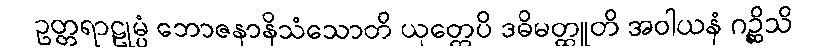
ဥတ္တရာဠုမ္ပံ ဘောဇနာနိသံသောတိ ယုတ္တေပိ ဒဓိမတ္ထူတိ အဝါယနံ ဂဉ္ဆိသိ